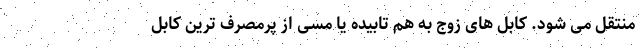
منتقل می شود. کابل های زوج به هم تابیده یا مسی از پرمصرف ترین کابل